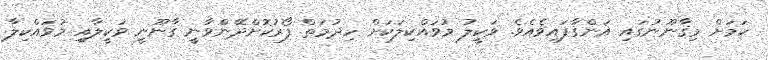
ކަމަށް މިޤާނޫނުގައި އަންގާފައިވެއެވެ. ވަކީލު މުވައްކިލަކަށް ހިދުމަތް ފޯރުކޮށްދޭންވާނީ ގާނޫނީ ވަކީލާއި މުވައްކިލާ